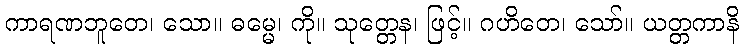
ကာရဏဘူတေ၊ သော။ ဓမ္မေ၊ ကို။ သုတ္တေန၊ ဖြင့်။ ဂဟိတေ၊ သော်။ ယတ္တကာနိ